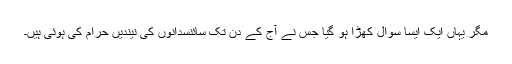
مگر یہاں ایک ایسا سوال کھڑا ہو گیا جس نے آج کے دن تک سائنسدانوں کی نیندیں حرام کی ہوئی ہیں۔